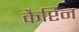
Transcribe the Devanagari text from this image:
कैप्टिन